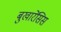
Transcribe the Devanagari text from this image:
बुखारेंसिस